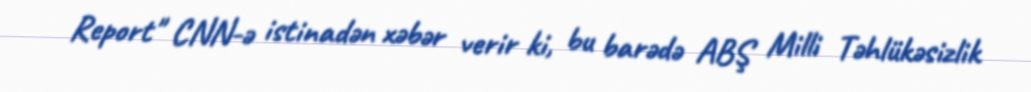
Report" CNN-ə istinadən xəbər verir ki, bu barədə ABŞ Milli Təhlükəsizlik